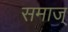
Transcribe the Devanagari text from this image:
समाज्